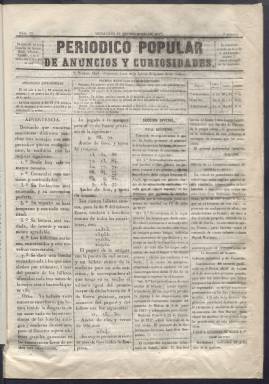
Título: Periódico popular de anuncios y curiosidades
Colección: Periódicos anteriores a 1850
Ámbito geográfico: Madrid
Lugar de publicación: Madrid
Fechas: 29/12/1847-03/01/1848